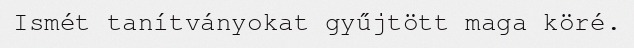
Ismét tanítványokat gyűjtött maga köré.